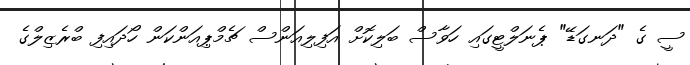
ސީ ގެ "ދަނގަޑޭ" ޕެނަލްޓީގައި ހަވާސް ބަލިކޮށް އަފިލިއަންސް ޗެމްޕިއަންކަން ހޯދައިފި ބްރެޒިލްގެ